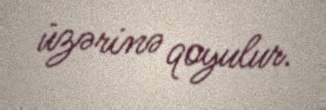
üzərinə qoyulur.